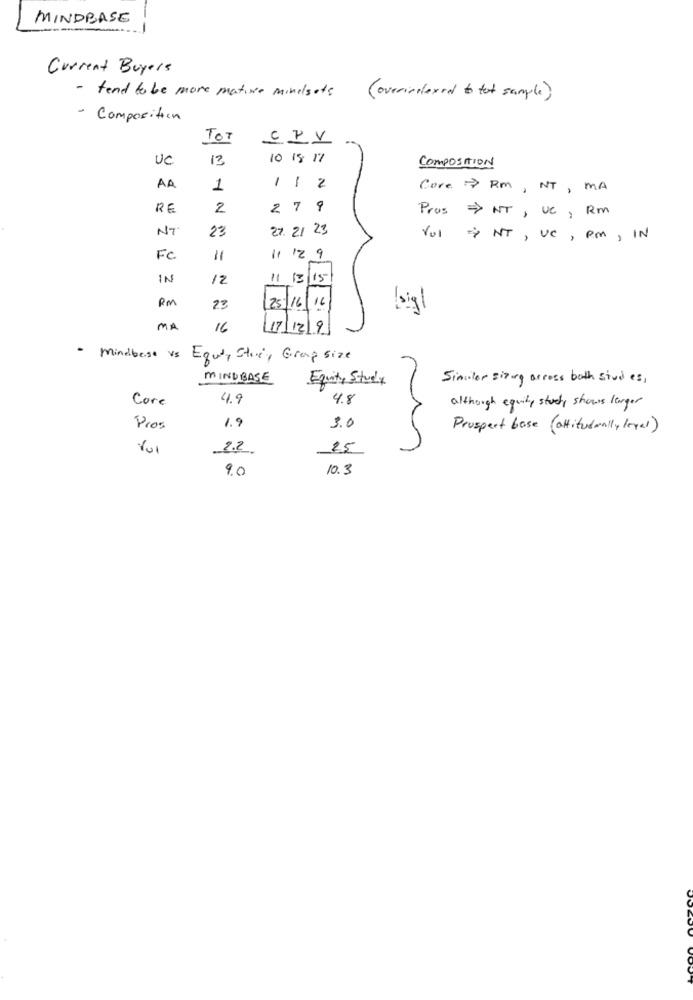
MINDBASE
Current Buyers
- tend to be more matine minelsets
( overindexed to tot sample )
- Composition
TOT
CPV
UC
13
10 18 17
COMPOSITION
AA
1
112
Core > RM, NT, MA
RE
2
2 7 9
Pros => NT, UC, Rm
NT
23
27. 21 23
(01 NT, VC, PM, IN
FC
11
11 12 9
IN
12
11/13/15
PM
23
[25/161!
lig1
MA
16
17/12/9
· mindbase vs Equity Story Grap Size
MINDBASE
Equity Study
Similar sizing across both stud es ,
Core
4.9
4.8
although equity study shows langer
Pros
1.9
3.0
Prospect base (altitudmally legal)
Yul
22
25
9.0
10.3